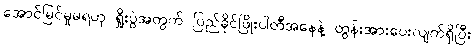
အောင်မြင်မှုမရဟု ရှိုးပွဲအတွက် ပြည်ခိုင်ဖြိုးပါတီအနေနဲ့ တွန်းအားပေးလျက်ရှိပြီး